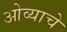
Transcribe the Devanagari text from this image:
ओव्याचे